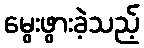
မွေးဖွားခဲ့သည့်